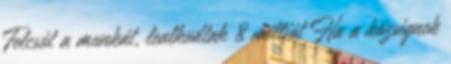
Felcsút a munkát, lealkudtak 8 milliót Ha a községnek